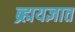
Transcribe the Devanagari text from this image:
ब्र्ह्मयज्ञात